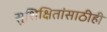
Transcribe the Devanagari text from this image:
सुशिक्षितांसाठीही